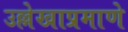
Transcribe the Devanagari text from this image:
उल्लेखाप्रमाणे